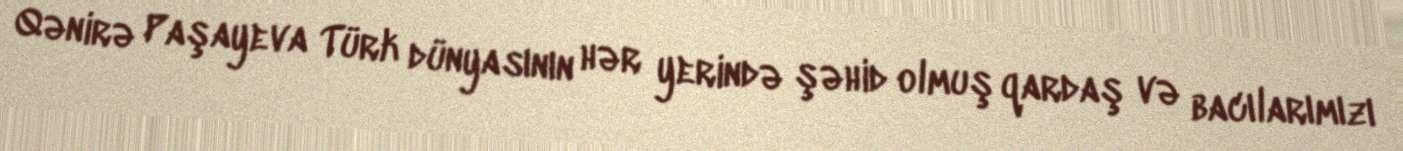
Qənirə Paşayeva Türk dünyasının hər yerində şəhid olmuş qardaş və bacılarımızı